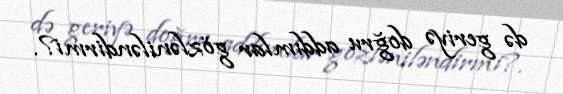
də geriyə doğru addımlar gözləniləndirmi?.